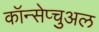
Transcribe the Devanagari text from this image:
कॉन्सेप्चुअल